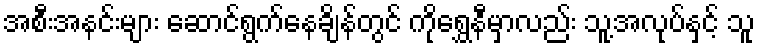
အစီးအနင်းများ ဆောင်ရွက်နေချိန်တွင် ကိုရွှေနီမှာလည်း သူ့အလုပ်နှင့် သူ